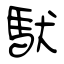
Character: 馱